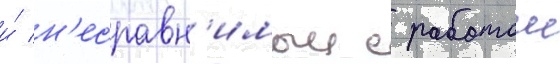
и́ н'есравн'имыи с работои